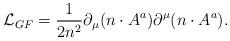
LaTeX: \begin{align*} {\cal L}_{GF}=\frac{1}{2n^2} \partial_\mu(n\cdot A^a)\partial^\mu(n\cdot A^a).\end{align*}